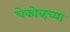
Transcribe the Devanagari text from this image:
चेकोव्हच्या